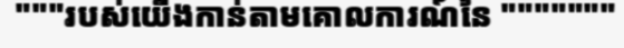
"""របស់យើងកាន់តាមគោលការណ៍នៃ """""""